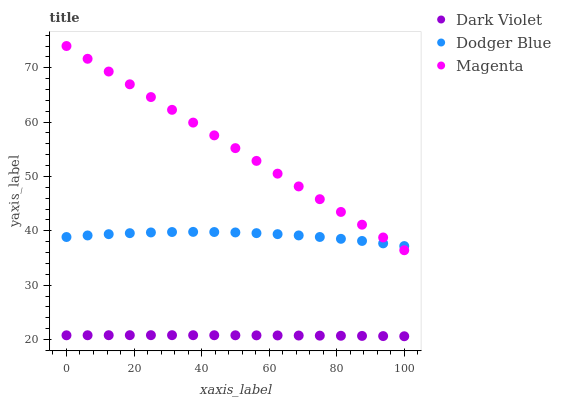
| xaxis_label | Dark Violet | Dodger Blue | Magenta |
 | --- | --- | --- | --- |
 | 0 | 20.8 | 38.9 | 74 |
 | 6.25 | 20.8 | 39.2 | 71.7 |
 | 12.5 | 20.8 | 39.4 | 69.3 |
 | 18.8 | 20.8 | 39.6 | 67 |
 | 25 | 20.8 | 39.7 | 64.6 |
 | 31.2 | 20.8 | 39.8 | 62.3 |
 | 37.5 | 20.8 | 39.8 | 59.9 |
 | 43.8 | 20.8 | 39.8 | 57.6 |
 | 50 | 20.8 | 39.7 | 55.2 |
 | 56.2 | 20.8 | 39.6 | 52.9 |
 | 62.5 | 20.8 | 39.4 | 50.5 |
 | 68.8 | 20.7 | 39.2 | 48.2 |
 | 75 | 20.7 | 38.9 | 45.8 |
 | 81.2 | 20.7 | 38.5 | 43.5 |
 | 87.5 | 20.7 | 38.1 | 41.1 |
 | 93.8 | 20.6 | 37.7 | 38.8 |
 | 100 | 20.6 | 37.2 | 36.4 |